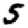
Digit: 5